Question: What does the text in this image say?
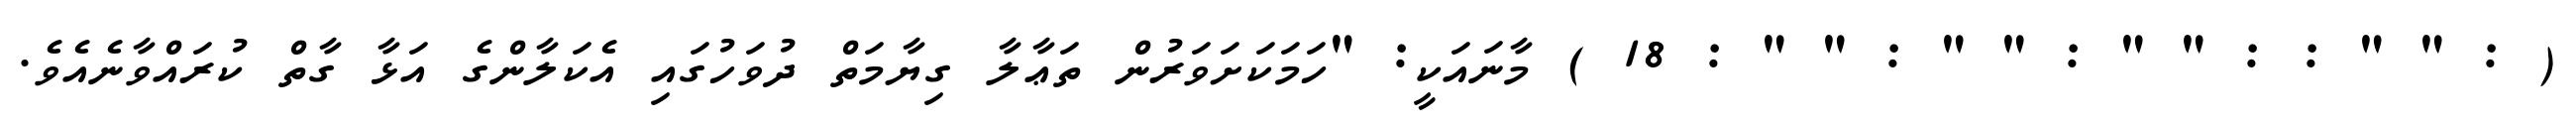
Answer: ( : " " : : " " : " " : " " : 18 ) މާނައަކީ: "ހަމަކަށަވަރުން ތަޢާލާ ގިޔާމަތް ދުވަހުގައި އެކަލާންގެ އަޅާ ގާތް ކުރައްވާނެއެވެ.